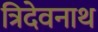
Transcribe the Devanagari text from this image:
त्रिदेवनाथ